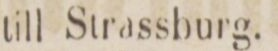
till Strassburg.